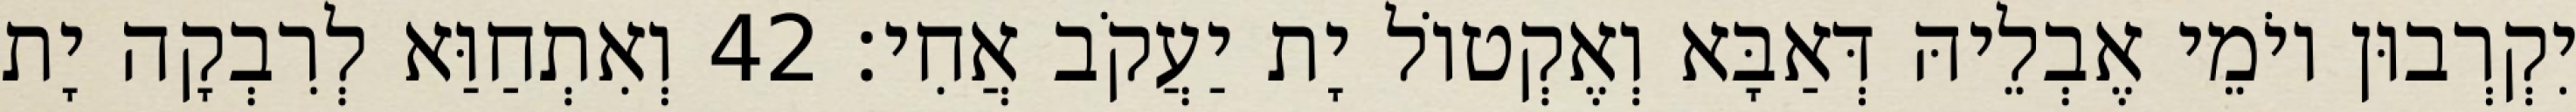
יִקְרְבוּן יוֹמֵי אֶבְלֵיהּ דְּאַבָּא וְאֶקְטוֹל יָת יַעֲקֹב אֲחִי׃ 42 וְאִתְחַוַּא לְרִבְקָה יָת